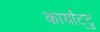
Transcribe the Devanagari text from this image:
कार्याट्टु